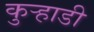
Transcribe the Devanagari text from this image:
कुर्‍हाडी